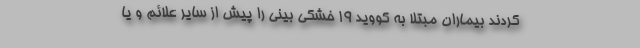
کردند بیماران مبتلا به کووید ۱۹ خشکی بینی را پیش از سایر علائم و یا